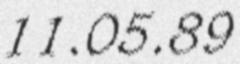
11.05.89